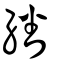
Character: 繙